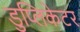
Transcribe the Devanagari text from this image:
डुप्लिकेटर